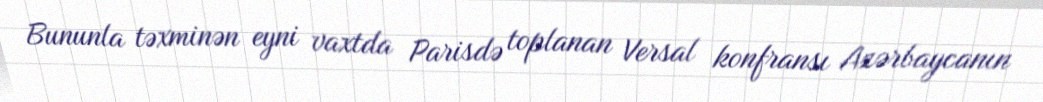
Bununla təxminən eyni vaxtda Parisdə toplanan Versal konfransı Azərbaycanın